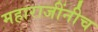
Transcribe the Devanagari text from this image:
महाराजींनीच